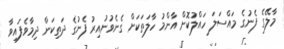
މާލޭގެ ފެނުގެ މައްސަލަ ހައްލުކޮށް އާންމު ހާލަތަކަށް ގެނެވުނުއިރު ފެނުގެ ދަތިކަން ދިމާވެފައިވާ